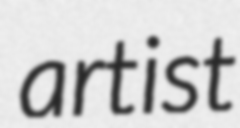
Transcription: artist